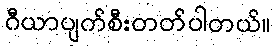
ဂီယာပျက်စီးတတ်ပါတယ်။